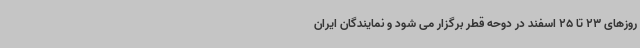
روزهای 23 تا 25 اسفند در دوحه قطر برگزار می شود و نمایندگان ایران